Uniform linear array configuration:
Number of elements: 24
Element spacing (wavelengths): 0.5
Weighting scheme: binomial
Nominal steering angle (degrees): -30
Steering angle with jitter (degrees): -31.984
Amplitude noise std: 0.05
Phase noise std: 0.05

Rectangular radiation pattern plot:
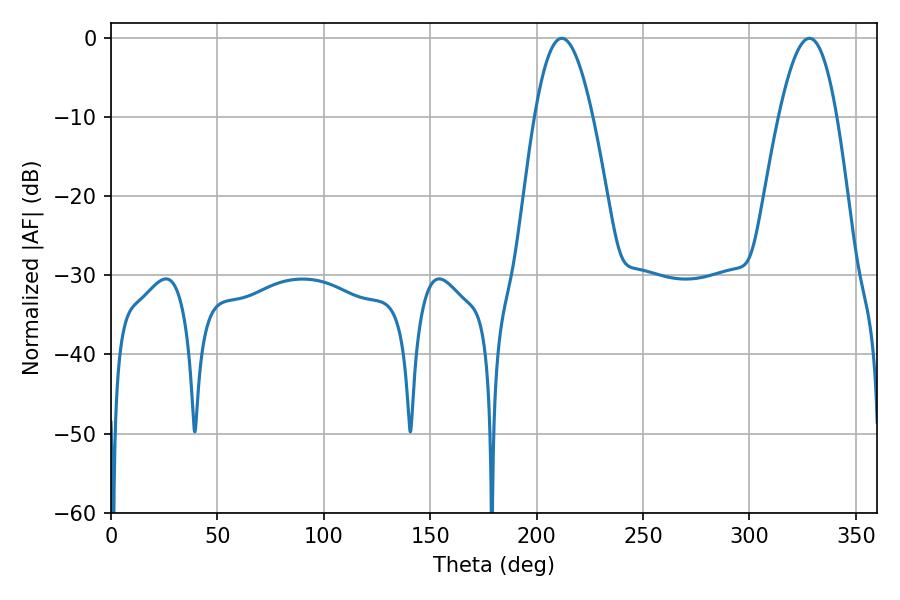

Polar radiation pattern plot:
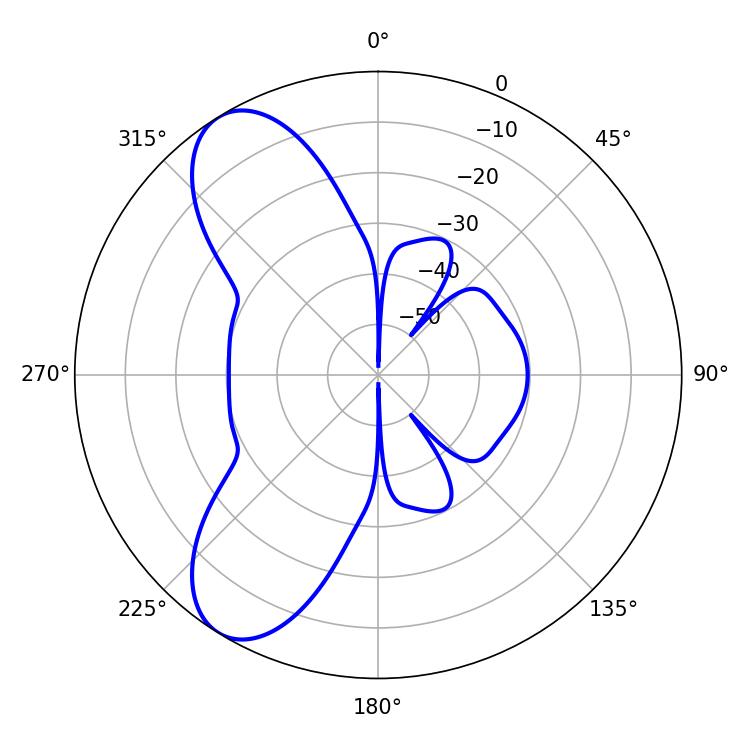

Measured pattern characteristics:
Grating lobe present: FALSE
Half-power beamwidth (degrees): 14.76
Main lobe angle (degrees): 211.86